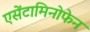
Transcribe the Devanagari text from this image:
एसेंटामिनोफेन